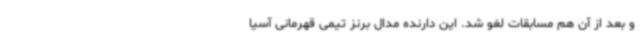
و بعد از آن هم مسابقات لغو شد. این دارنده مدال برنز تیمی قهرمانی آسیا